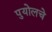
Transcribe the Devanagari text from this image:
पुयोलचे